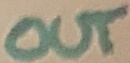
Text: OUT